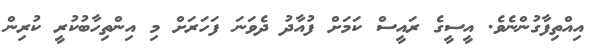
އިއްތިފާގުންނެވެ. އީސީގެ ރައީސް ކަމަށް ފުއާދު ދެވަނަ ފަހަރަށް މި އިންތިހާބުކުރީ ކުރިން